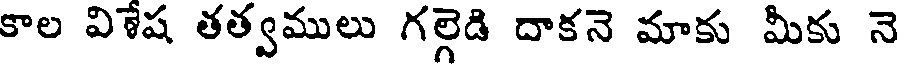
కాల విళేష తత్వములు గల్గెడి దాకనె మాకు మీకు నె